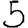
Digit: 5